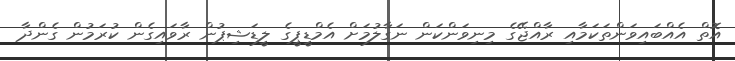
އޮތް އެއްބައިވަންތަކަމާއި ރާއްޖޭގެ މިނިވަންކަން ނަގާލުމަށް އެމްޑީޕީގެ ލީޑަޝިޕުން ރާވައިގެން ކުރަމުން ގެންދާ